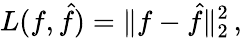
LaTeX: L(f,{\hat{f}})=\| f-{\hat{f}}\| _{2}^{2}\, ,